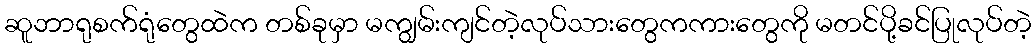
ဆူဘာရုစက်ရုံတွေထဲက တစ်ခုမှာ မကျွမ်းကျင်တဲ့လုပ်သားတွေကကားတွေကို မတင်ပို့ခင်ပြုလုပ်တဲ့